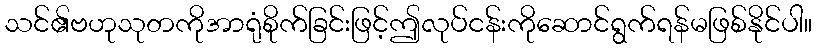
သင်၏ဗဟုသုတကိုအာရုံစိုက်ခြင်းဖြင့်ဤလုပ်ငန်းကိုဆောင်ရွက်ရန်မဖြစ်နိုင်ပါ။